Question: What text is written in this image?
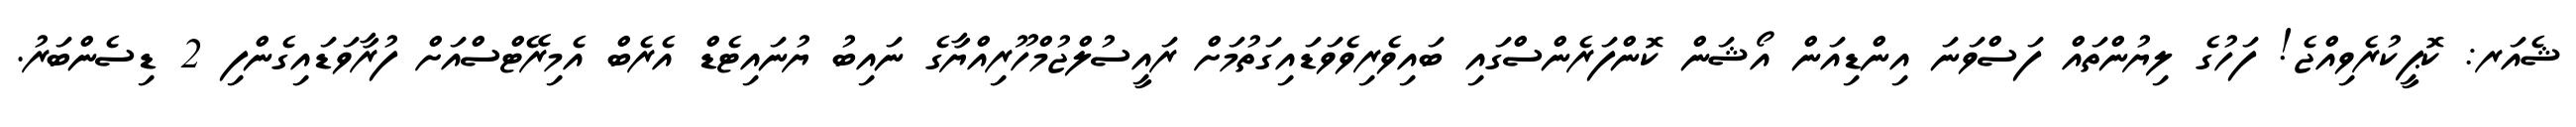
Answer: ޝެއަރ: ކޮޕީކުރެވިއްޖެ! ފަހުގެ ލިޔުންތައް ފަސްވަނަ އިންޑިއަން އޯޝަން ކޮންފަރެންސްގައި ބައިވެރިވެވަޑައިގަތުމަށް ރައީސުލްޖުމްހޫރިއްޔާގެ ނައިބު ޔުނައިޓެޑް އެރެބް އެމިރޭޓްސްއަށް ފުރާވަޑައިގެންފި 2 ޑިސެންބަރު.